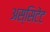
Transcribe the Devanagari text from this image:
अस्सिटेंट